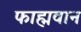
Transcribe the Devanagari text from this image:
फाह्मवान